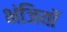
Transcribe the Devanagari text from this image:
भंजियाॅ